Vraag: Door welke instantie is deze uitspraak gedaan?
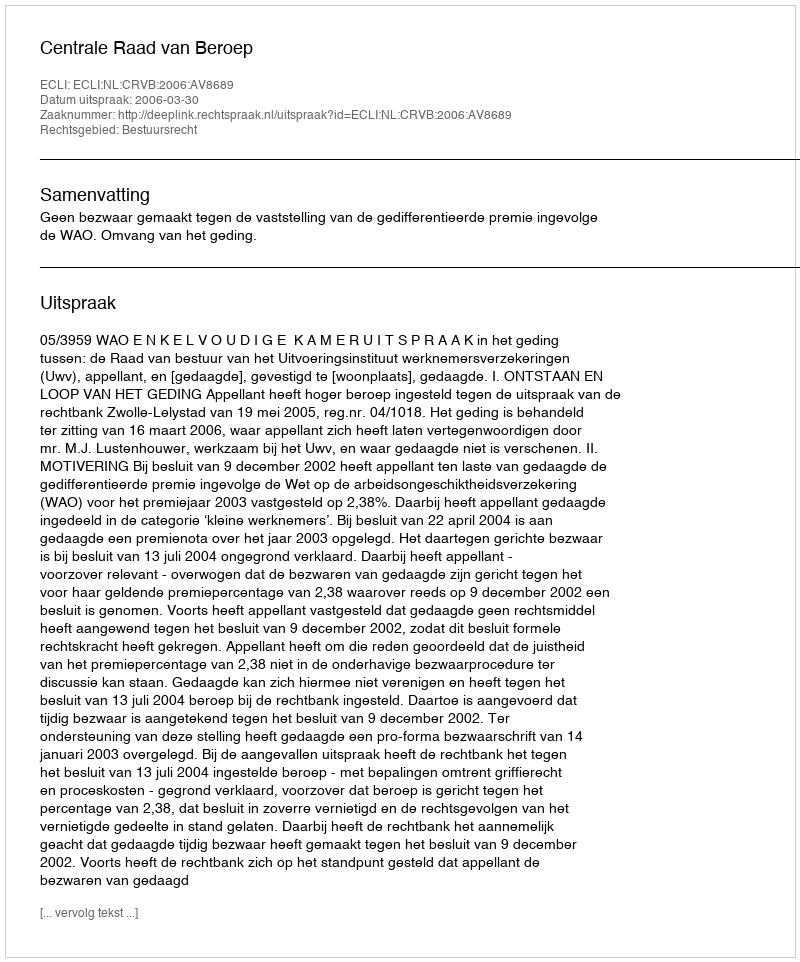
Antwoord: Centrale Raad van Beroep